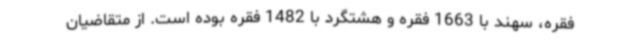
فقره، سهند با 1663 فقره و هشتگرد با 1482 فقره بوده است. از متقاضیان